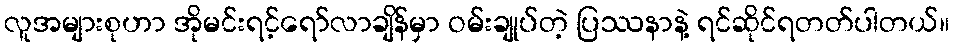
လူအများစုဟာ အိုမင်းရင့်ရော်လာချိန်မှာ ဝမ်းချုပ်တဲ့ ပြဿနာနဲ့ ရင်ဆိုင်ရတတ်ပါတယ်။